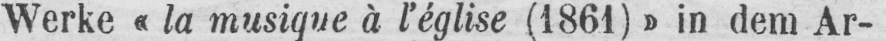
Werke «la musique à l’eglise (1861)» in dem Ar-